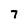
Character: 7